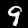
Digit: 9